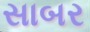
સાબર